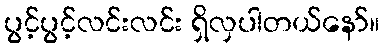
ပွင့်ပွင့်လင်းလင်း ရှိလှပါတယ်နော်။